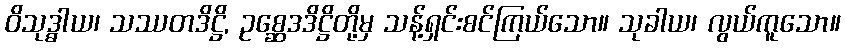
ဝိသုဒ္ဓါယ၊ သဿတဒိဋ္ဌိ, ဥစ္ဆေဒဒိဋ္ဌိတို့မှ သန့်ရှင်းစင်ကြယ်သော။ သုခါယ၊ လွယ်ကူသော။